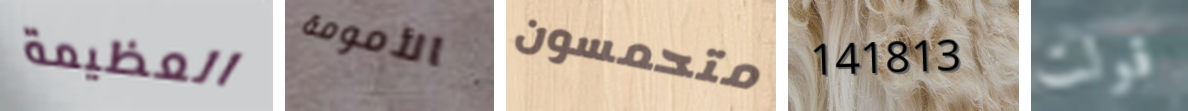
العظيمة الأمومة متحمسون 141813 قولت